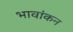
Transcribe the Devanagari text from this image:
भावांकन